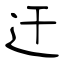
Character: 迀